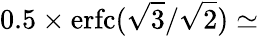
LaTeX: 0.5\times\mathrm{erfc}(\sqrt{3}/\sqrt{2})\simeq